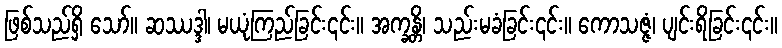
ဖြစ်သည်ရှိ သော်။ ဆဿဒ္ဒါ၊ မယုံကြည်ခြင်း၎င်း။ အက္ခန္တိ၊ သည်းမခံခြင်း၎င်း။ ကောသဇ္ဇံ၊ ပျင်းရိခြင်း၎င်း။